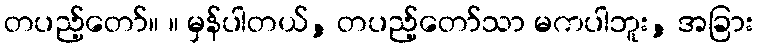
တပည့်တော်။ ။ မှန်ပါတယ်, တပည့်တော်သာ မကပါဘူး, အခြား